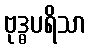
ဗုဒ္ဓပရိသာ